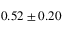
0 . 5 2 \pm 0 . 2 0